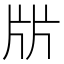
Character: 㸞